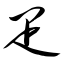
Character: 疋